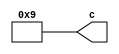
// -------------------------------------------------------------
// 
// 
// Generated by MATLAB 9.14 and HDL Coder 4.1
// 
// -------------------------------------------------------------


// -------------------------------------------------------------
// 
// Module: b0_2
// Source Path: FP_sub/fp model/FIR_section_1/b0_2
// Hierarchy Level: 2
// 
// -------------------------------------------------------------

`timescale 1 ns / 1 ns

module b0_2
          (c);


  output  signed [11:0] c;  // sfix12_En11


  wire signed [11:0] b0_out1;  // sfix12_En11


  assign b0_out1 = 12'sb000000001001;



  assign c = b0_out1;

endmodule  // b0_2